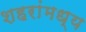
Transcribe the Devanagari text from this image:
शहरांमध्य